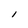
Character: I